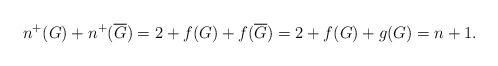
LaTeX: \begin{align*}n^+(G) + n^+(\overline{G}) = 2 + f(G) +f(\overline{G}) = 2 + f(G) + g(G) = n + 1.\end{align*}